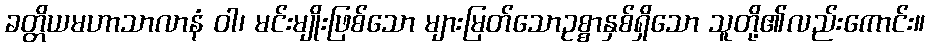
ခတ္တိယမဟာသာလာနံ ဝါ၊ မင်းမျိုးဖြစ်သော များမြတ်သောဥစ္စာနှစ်ရှိသော သူတို့၏လည်းကောင်း။